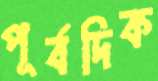
পূর্বদিক